Development of the Leishman-Donovan parasite in Cimex rotundatus - Number 31
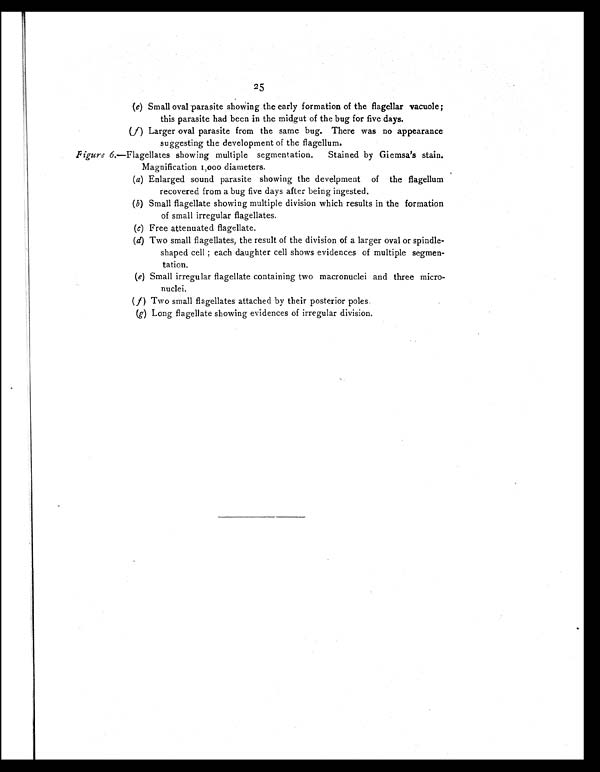
25
(e) Small oval parasite showing the early formation of the flagellar vacuole;
this parasite had been in the midgut of the bug for five days.
(f) Larger oval parasite from the same bug. There was no appearance
suggesting the development of the flagellum.
Figure 6.—Flagellates showing multiple segmentation. Stained by Giemsa's stain.
Magnification 1,000 diameters.
(a) Enlarged sound parasite showing the develpment of the flagellum
recovered from a bug five days after being ingested.
(b) Small flagellate showing multiple division which results in the formation
of small irregular flagellates.
(c) Free attenuated flagellate.
(d) Two small flagellates, the result of the division of a larger oval or spindle-
shaped cell ; each daughter cell shows evidences of multiple segmen-
tation.
(e) Small irregular flagellate containing two macronuclei and three micro-
nuclei.
(f) Two small flagellates attached by their posterior poles.
(g) Long flagellate showing evidences of irregular division.